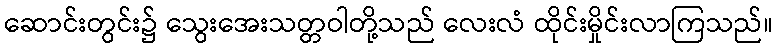
ဆောင်းတွင်း၌ သွေးအေးသတ္တဝါတို့သည် လေးလံ ထိုင်းမှိုင်းလာကြသည်။